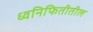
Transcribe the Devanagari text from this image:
ध्वनिफितीतील